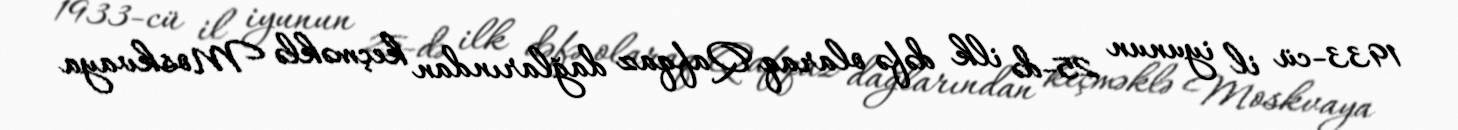
1933-cü il iyunun 25-də ilk dəfə olaraq Qafqaz dağlarından keçməklə Moskvaya